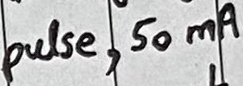
Text: pulse, 50mA